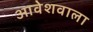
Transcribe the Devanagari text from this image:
आवेशवाला